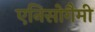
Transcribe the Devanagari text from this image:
एनिसोगैमी